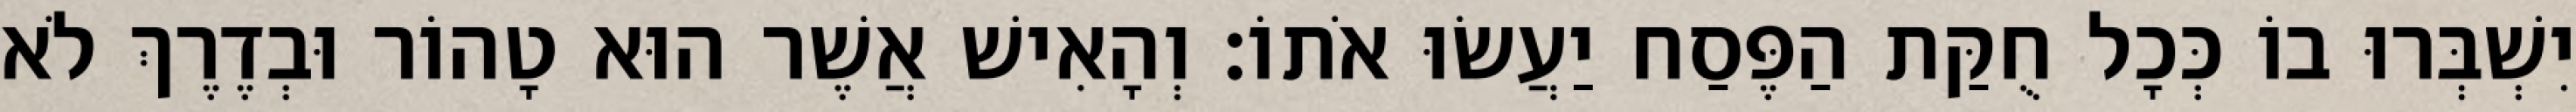
יִשְׁבְּרוּ בוֹ כְּכָל חֻקַּת הַפֶּסַח יַעֲשׂוּ אֹתוֹ׃ וְהָאִישׁ אֲשֶׁר הוּא טָהוֹר וּבְדֶרֶךְ לֹא